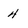
Character: 4